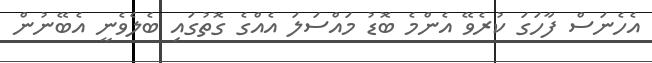
އެހެނަސް ފާހަގަ ކުރެވޭ އެންމެ ބޮޑު މައްސަލަ އެއްގެ ގޮތުގައި ބެލެވެނީ އެބޭނުން